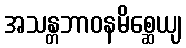
အသန္တဘာဝနမိစ္ဆေယျ